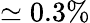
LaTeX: \simeq 0.3\%